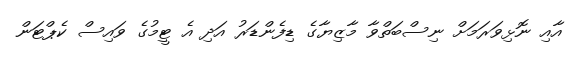
އާއި ނޮޅިވަރަމަށް ނިސްބަތްވާ މާޒިޔާގެ ޑިފެންޑަރު އަދި އެ ޓީމުގެ ވައިސް ކެޕްޓަން